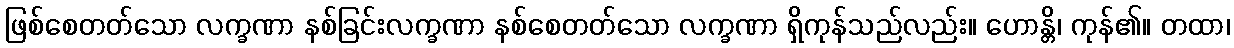
ဖြစ်စေတတ်သော လက္ခဏာ နစ်ခြင်းလက္ခဏာ နစ်စေတတ်သော လက္ခဏာ ရှိကုန်သည်လည်း။ ဟောန္တိ၊ ကုန်၏။ တထာ၊